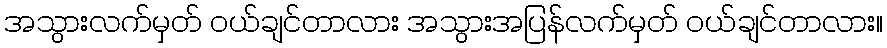
အသွားလက်မှတ် ဝယ်ချင်တာလား အသွားအပြန်လက်မှတ် ဝယ်ချင်တာလား။